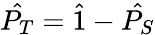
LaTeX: \hat{P_{T}}=\hat{1}-\hat{P_{S}}